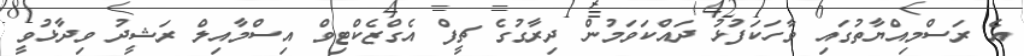
އެ ރަސްމިއްޔާތުގައި ވާހަކަފުޅު ދައްކަވަމުން ދިރާގުގެ ޗީފް އެގްޒެކްޓިވް އިސްމާއިލް ރަޝީދު ވިދާޅުވީ